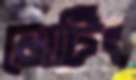
নোটিং